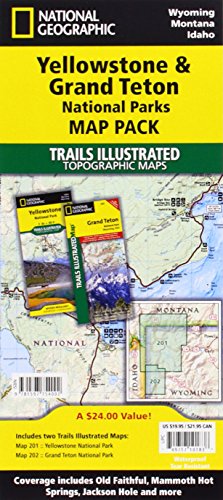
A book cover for Yellowstone and Grand Teton National Parks [Map Pack Bundle] (National Geographic Trails Illustrated Map); National Geographic Maps - Trails Illustrated; Sports & Outdoors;